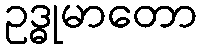
ဥဒ္ဓုမာတော